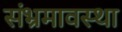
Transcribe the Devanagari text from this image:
संभ्रमावस्था